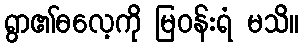
ရွာ၏ဓလေ့ကို မြဝန်းရံ မသိ။